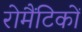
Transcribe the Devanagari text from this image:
रोमैंटिकों